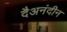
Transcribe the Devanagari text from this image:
दैअनंदीन